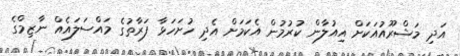
އަދި މަޝްރޫއުއަކަށް އިއުލާން ކުރުމުން އެކަމަށް އެދި ހުށަހަޅާ ފަރާތުގެ މައްސަލައެއް ނާޒިމްގެ